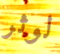
لوثر